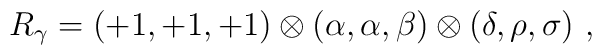
R_{\gamma}=(+1, +1, +1) \otimes (\alpha, \alpha, \beta)\otimes (\delta, \rho, \sigma)~,~\,